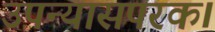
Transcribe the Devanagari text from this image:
उपन्यासपरक।